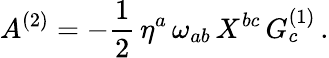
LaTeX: A^{(2)}=-{\frac{1}{2}}\, \eta^{a}\, \omega_{ab}\, X^{bc}\, G_{c}^{(1)}\, .